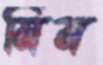
মিম